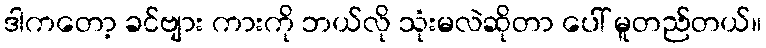
ဒါကတော့ ခင်ဗျား ကားကို ဘယ်လို သုံးမလဲဆိုတာ ပေါ် မူတည်တယ်။